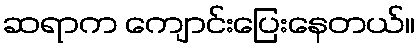
ဆရာက ကျောင်းပြေးနေတယ်။